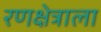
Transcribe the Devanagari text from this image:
रणक्षेत्राला